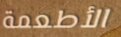
الأطعمة